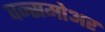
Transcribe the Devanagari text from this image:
वन्समोअर